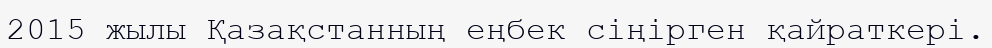
2015 жылы Қазақстанның еңбек сіңірген қайраткері.